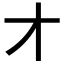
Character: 𬺱